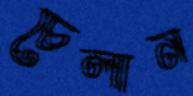
চেলান